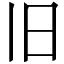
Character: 旧